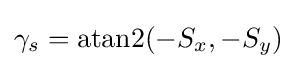
\gamma _{s}=\mathrm {atan2} (-S_{x},-S_{y})